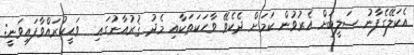
އެކަލޭގެފާނު ޞަލީބަށް އެރުވުން ކަމަށް ދެކެވޭ ވާހަކަތަކާއި މެދު ޤުރުއާނުގައި  ވަޙީކުރައްވާފައިވަނީ: